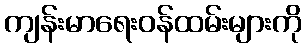
ကျန်းမာရေးဝန်ထမ်းများကို